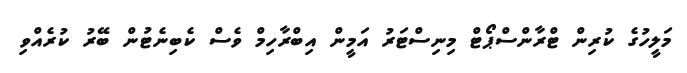
މަލީހުގެ ކުރިން ޓްރާންސްޕޯޓް މިނިސްޓަރު އަމީން އިބްރާހިމް ވެސް ކެބިނެޓުން ބޭރު ކުރެއްވި